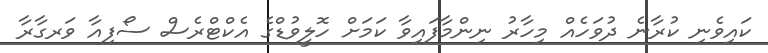
ކައިވެނި ކުރާނެ ދުވަހެއް މިހާރު ނިންމާފައިވާ ކަމަށް ހޮލީވުޑްގެ އެކްޓްރެސް ސޯފިއާ ވަރގާރާ